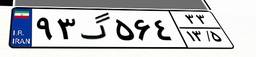
۹۳گ۵۶۴۳۳